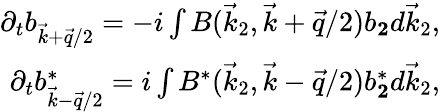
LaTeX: \begin{array}{r}{\partial_{t}b_{\vec{k}+\vec{q}/2}=-i\int B(\vec{k}_{2},\vec{k}+\vec{q}/2)b_{\mathbf 2}d\vec{k}_{2},}\\ {\partial_{t}b_{\vec{k}-\vec{q}/2}^{*}=i\int B^{*}(\vec{k}_{2},\vec{k}-\vec{q}/2)b_{\mathbf 2}^{*}d\vec{k}_{2},}\end{array}